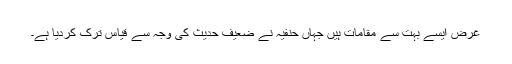
غرض ایسے بہت سے مقامات ہیں جہاں حنفیہ نے ضعیف حدیث کی وجہ سے قیاس ترک کردیا ہے۔